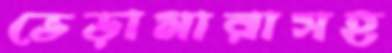
ভেড়ামারাসহ